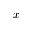
x